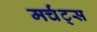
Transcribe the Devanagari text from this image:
मर्चंट्‌स